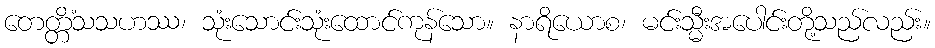
တေတ္တိံသသဟဿ၊ သုံးသောင်းသုံးထောင်ကုန်သော။ နာရိယောစ၊ မင်းသ္မီးအပေါင်းတို့သည်လည်း။